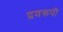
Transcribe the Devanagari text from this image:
द्रवरूपी